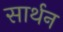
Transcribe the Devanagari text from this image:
सार्थन